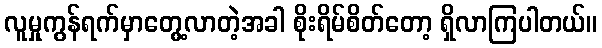
လူမှုကွန်ရက်မှာတွေ့လာတဲ့အခါ စိုးရိမ်စိတ်တော့ ရှိလာကြပါတယ်။